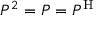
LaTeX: P ^ { 2 } = P = P ^ { \mathrm { H } }